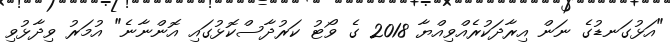
"އަޅުގަނޑުގެ ނަން އިރާދަކުރެއްވިއްޔާ 2018 ގެ ވޯޓު ކަރުދާސްކޮޅުގައި އޮންނާނެ" އުމަރު ވިދާޅުވި